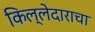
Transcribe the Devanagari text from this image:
किल्लेदाराचा